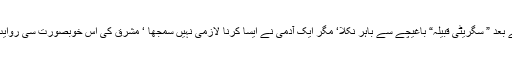
کھانے تناول فرمانے کے بعد ” سگریٹی قبیلہ“ باغیچے سے باہر نکلا‘ مگر ایک آدمی نے ایسا کرنا لازمی نہیں سمجھا ‘ مشرق کی اس خوبصورت سی روایت کو پاوں تلے روند ڈالا۔